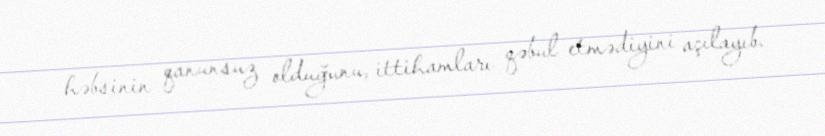
həbsinin qanunsuz olduğunu, ittihamları qəbul etmədiyini açılayıb.